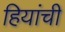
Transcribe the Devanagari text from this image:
हियांची